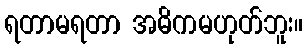
ရတာမရတာ အဓိကမဟုတ်ဘူး။